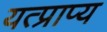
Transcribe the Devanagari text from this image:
यत्प्राप्य